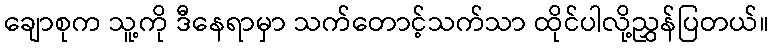
ချောစုက သူ့ကို ဒီနေရာမှာ သက်တောင့်သက်သာ ထိုင်ပါလို့ညွှန်ပြတယ်။